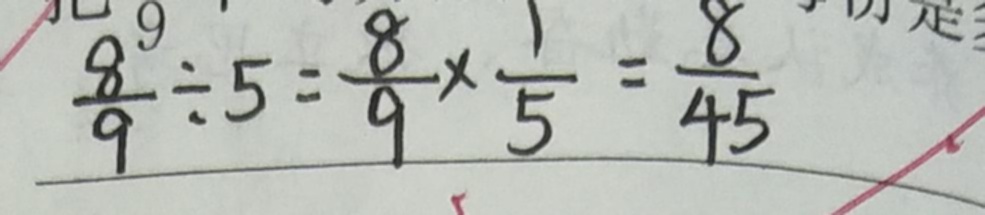
\frac { 8 } { 9 } \div 5 = \frac { 8 } { 9 } \times \frac { 1 } { 5 } = \frac { 8 } { 4 5 }